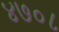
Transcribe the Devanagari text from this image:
४७०८